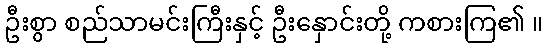
ဦးစွာ စည်သာမင်းကြီးနှင့် ဦးနှောင်းတို့ ကစားကြ၏ ။